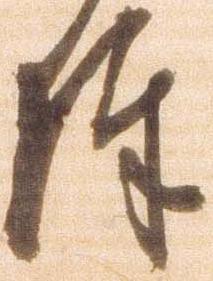
陣